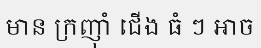
មាន ក្រញ៉ាំ ជើង ធំ ៗ អាច